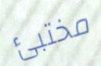
مختبئ